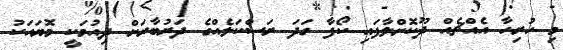
މި ހުރިހާ އެއްޗެއް ދޫކޮށްލާފައި ކޯފާ ގަދަ ރަސްކަލެއްގެ ދަރުބާރަށް ދިއުމަކީ މޮޔައަކު